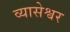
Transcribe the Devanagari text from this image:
व्यासेश्वर